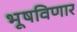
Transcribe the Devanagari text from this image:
भूषविणार